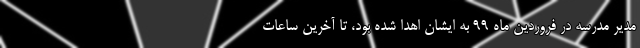
مدیر مدرسه در فروردین ماه ۹۹ به ایشان اهدا شده بود، تا آخرین ساعات